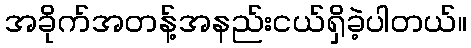
အခိုက်အတန့်အနည်းငယ်ရှိခဲ့ပါတယ်။